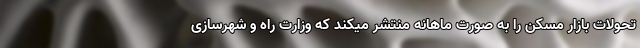
تحولات بازار مسکن را به صورت ماهانه منتشر میکند که وزارت راه و شهرسازی